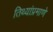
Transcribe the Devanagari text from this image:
तिथ्यांप्रमाणे